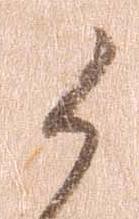
候